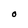
Character: O